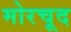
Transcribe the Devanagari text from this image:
मोरचूद